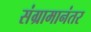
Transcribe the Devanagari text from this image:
संग्रामानंतर